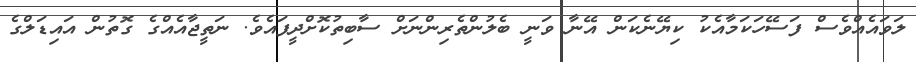
ލަވައެއްވެސް ފަސޭހަކަމާއެކު ކިޔޭނެކަން އޭނާ ވަނީ ބެލުންތެރިންނަށް ސާބިތުކޮށްދީފައެވެ. ނަތީޖާއެއްގެ ގޮތުން އައިޑަލްގެ